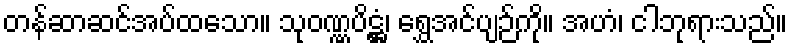
တန်ဆာဆင်အပ်ထသော။ သုဝဏ္ဏပိဋ္ဌံ၊ ရွှေအင်ပျဉ်ကို။ အဟံ၊ ငါဘုရားသည်။